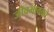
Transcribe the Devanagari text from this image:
जीवभावको